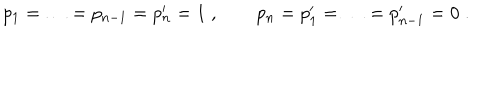
p _ { 1 } = \ldots = p _ { n - 1 } = p _ { n } ^ { \prime } = 1 \; , \qquad p _ { n } = p _ { 1 } ^ { \prime } = \ldots = p _ { n - 1 } ^ { \prime } = 0 \; .